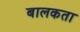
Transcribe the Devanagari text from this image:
बालकता